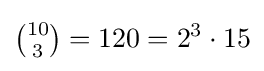
{\tbinom {10}{3}}=120=2^{3}\cdot 15